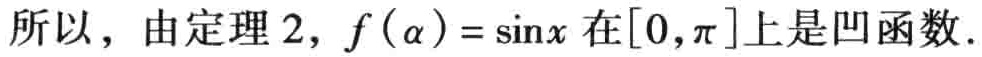
所以，由定理 2，\(f(\alpha)=\sin x\) 在\([0,\pi]\)上是凹函数.